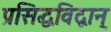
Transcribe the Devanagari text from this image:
प्रसिद्धविद्वान्